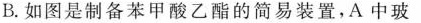
B. 如图是制备苯甲酸乙酯的简易装置，A 中玻